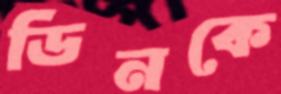
ডিনকে